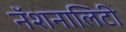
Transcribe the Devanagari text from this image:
नॅशनालिटी